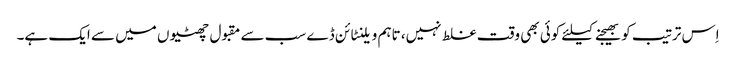
اِس ترتیب کو بھیجنے کیلئے کوئی بھی وقت غلط نہیں، تاہم ویلنٹائن ڈے سب سے مقبول چھٹیوں میں سے ایک ہے۔